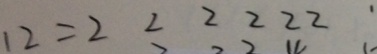
1 2 = 2 2 2 2 2 2